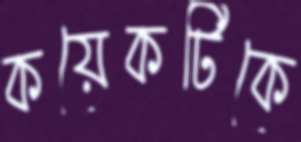
কয়েকটিকে